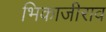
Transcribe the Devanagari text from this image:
भिकाजीराव